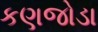
કણજોડા